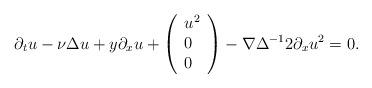
LaTeX: \begin{align*}\partial_t u-\nu\Delta u+y\partial_x u+\left(\begin{array}{l}u^2\\0\\0\end{array}\right)-\nabla\Delta^{-1} 2\partial_xu^2=0.\end{align*}